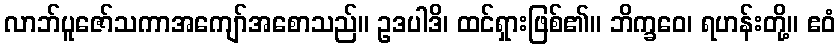
လာဘ်ပူဇော်သကာအကျော်အစောသည်။ ဥဒပါဒိ၊ ထင်ရှားဖြစ်၏။ ဘိက္ခဝေ၊ ရဟန်းတို့။ ဧဝံ